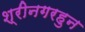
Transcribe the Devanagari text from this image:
श्रीनगरहुन